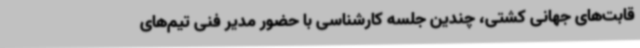
قابت‌های جهانی کشتی، چندین جلسه کارشناسی با حضور مدیر فنی تیم‌های